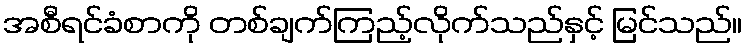
အစီရင်ခံစာကို တစ်ချက်ကြည့်လိုက်သည်နှင့် မြင်သည်။